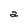
Character: a